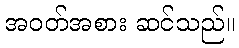
အဝတ်အစား ဆင်သည်။